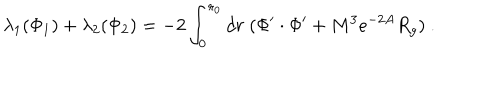
\lambda _ { 1 } ( \Phi _ { 1 } ) + \lambda _ { 2 } ( \Phi _ { 2 } ) = - 2 \int _ { 0 } ^ { r _ { 0 } } d r \; ( \Phi ^ { \prime } \cdot \Phi ^ { \prime } + M ^ { 3 } e ^ { - 2 A } R _ { g } ) ~ .